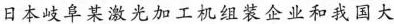
日本岐阜某激光加工机组装企业和我国大